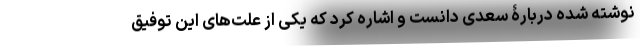
نوشته شده دربارۀ سعدی دانست و اشاره کرد که یکی از علت‌های این توفیق